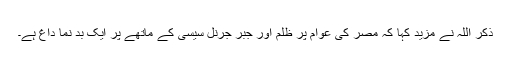
ذکر اللہ نے مزید کہا کہ مصر کی عوام پر ظلم اور جبر جرنل سیسی کے ماتھے پر ایک بد نما داغ ہے۔